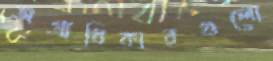
অগ্রাধিকারগুলো